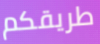
طريقكم